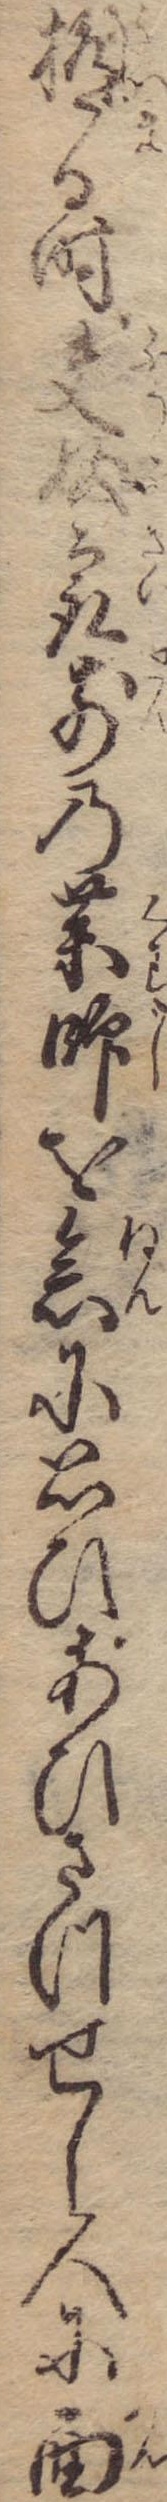
極る時夫婦㝡前の薬師を念に思ひあひさつせし人に面